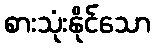
စားသုံးနိုင်သော